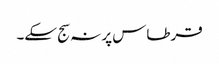
قرطاس پر نہ سج سکے۔